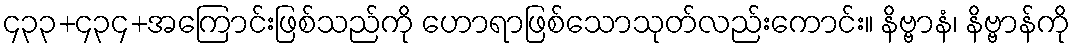
၄၃၃+၄၃၄+အကြောင်းဖြစ်သည်ကို ဟောရာဖြစ်သောသုတ်လည်းကောင်း။ နိဗ္ဗာနံ၊ နိဗ္ဗာန်ကို